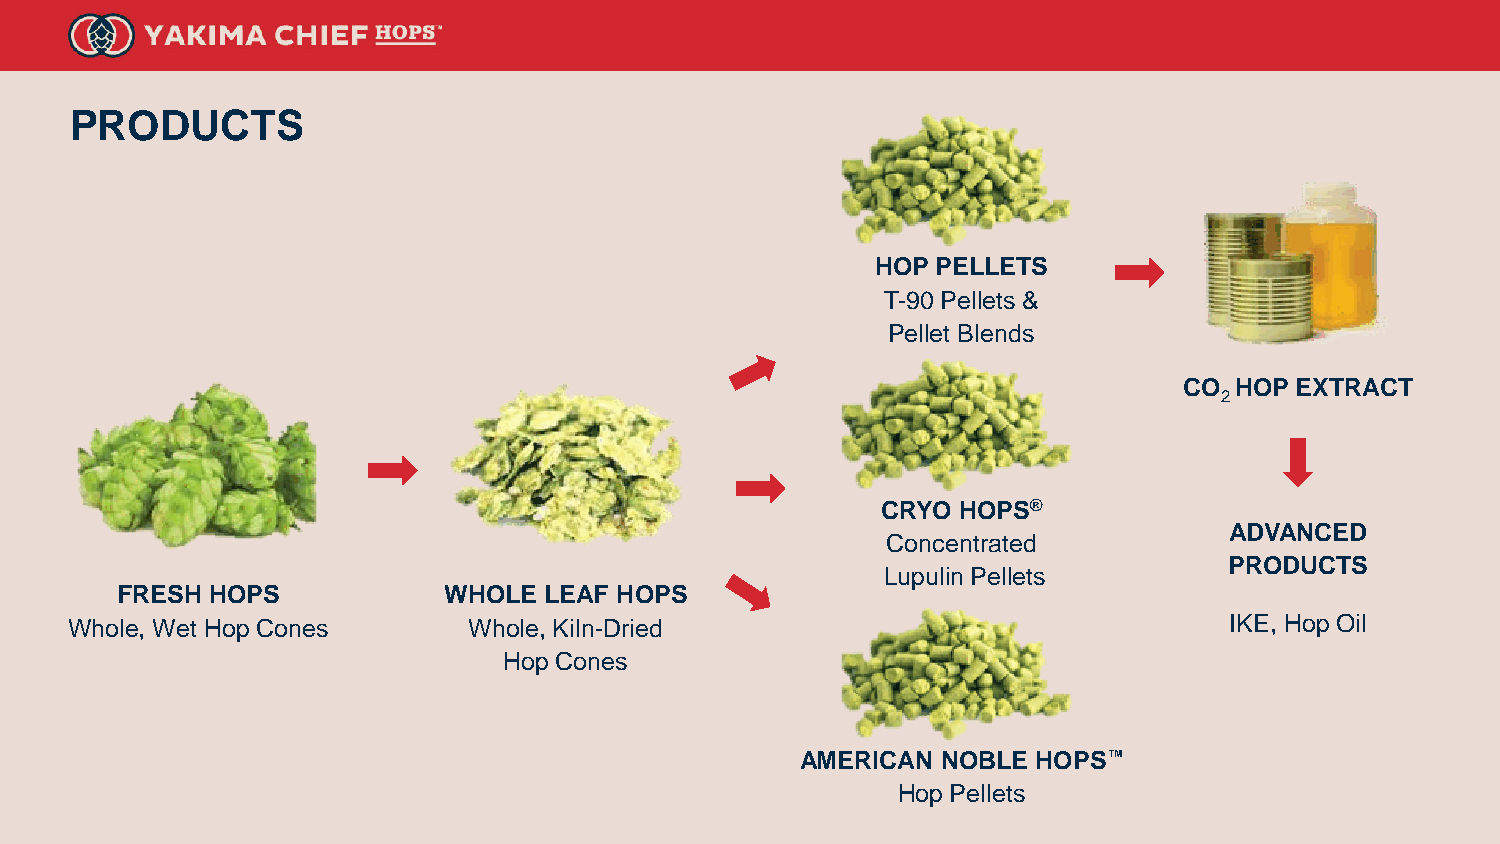
PRODUCTS
 HOP PELLETS
 T-90 Pellets &
 Pellet Blends
 CO  HOP EXTRACT
 2
 CRYO HOPS®
 ADVANCED
 Concentrated
 PRODUCTS
 Lupulin Pellets
 FRESH HOPS           WHOLE  LEAF HOPS
 Whole, Wet Hop Cones      Whole, Kiln-Dried                                 IKE, Hop Oil
 Hop Cones
 AMERICAN NOBLE  HOPS™
 Hop Pellets